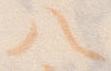
八